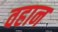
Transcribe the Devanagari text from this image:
वहान